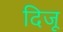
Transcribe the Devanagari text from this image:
दिजू